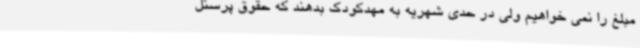
مبلغ را نمی خواهیم ولی در حدی شهریه به مهدکودک بدهند که حقوق پرسنل